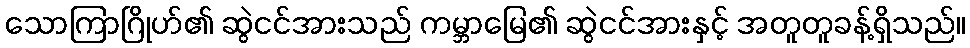
သောကြာဂြိုဟ်၏ ဆွဲငင်အားသည် ကမ္ဘာမြေ၏ ဆွဲငင်အားနှင့် အတူတူခန့်ရှိသည်။